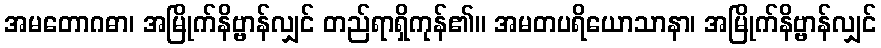
အမတောဂဓာ၊ အမြိုက်နိဗ္ဗာန်လျှင် တည်ရာရှိကုန်၏။ အမတပရိယောသာနာ၊ အမြိုက်နိဗ္ဗာန်လျှင်